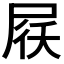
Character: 𡱱